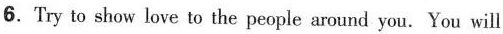
6.Try to show love to the people around you. You will